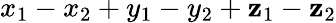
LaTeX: x_{1}-x_{2}+y_{1}-y_{2}+\mathbf{z}_{1}-\mathbf{z}_{2}